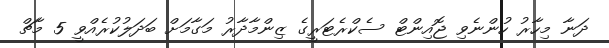
ދަނާ މިހާރު ހުންނެވި ޖޮއިންޓް ސެކްރެޓަރީގެ ޒިންމާދާރު މަގާމަށް ބަދަލުކުރެއްވީ 5 މާޗް